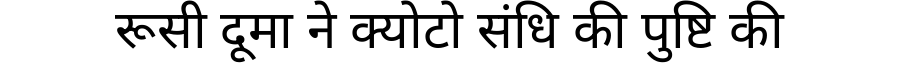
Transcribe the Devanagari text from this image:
रूसी दूमा ने क्योटो संधि की पुष्टि की